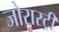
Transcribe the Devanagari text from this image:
जोरास्ट्री